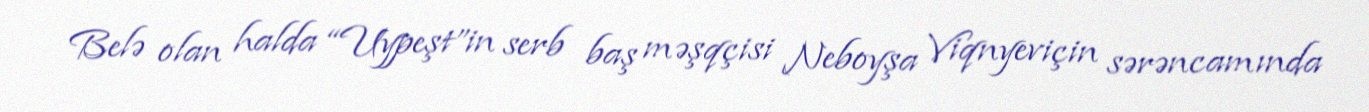
Belə olan halda “Uypeşt”in serb baş məşqçisi Neboyşa Viqnyeviçin sərəncamında